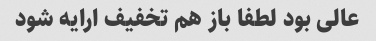
عالی بود لطفا باز هم تخفیف ارایه شود